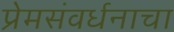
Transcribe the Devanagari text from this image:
प्रेमसंवर्धनाचा